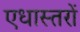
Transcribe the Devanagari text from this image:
एधास्तरों